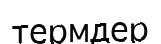
термдер